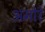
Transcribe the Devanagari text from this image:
अमोरे